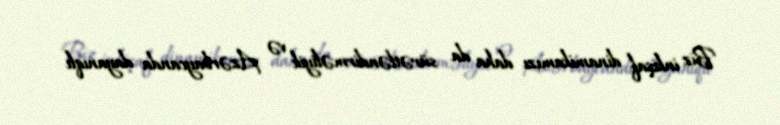
Biz inkişaf dinamikamızı daha da sürətləndirməliyik və Azərbaycanda dayanıqlı